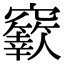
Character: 𥩁